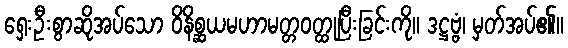
ရှေးဦးစွာဆိုအပ်သော ဝိနိစ္ဆယမဟာမတ္တဝတ္ထုပြီးခြင်းကို။ ဒဋ္ဌဗ္ဗံ၊ မှတ်အပ်၏။